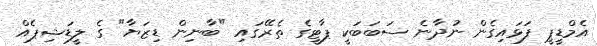
އެމްޑީޕީ ފަޅައިގެން ނުދާނެ ސަބަބަކީ ޕާޓީގެ ތެރޭގައި "ބާނިން ޑިޒަޔާ" ގެ ލީޑަޝިޕެއް